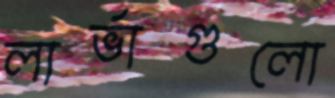
লার্ভাগুলো